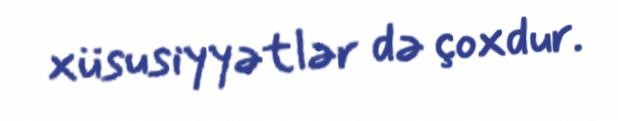
xüsusiyyətlər də çoxdur.